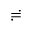
\risingdotseq